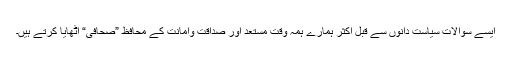
ایسے سوالات سیاست دانوں سے قبل اکثر ہمارے ہمہ وقت مستعد اور صداقت وامانت کے محافظ ”صحافی“ اٹھایا کرتے ہیں۔